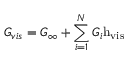
G _ { v i s } = G _ { \infty } + \sum _ { i = 1 } ^ { N } G _ { i } \mathrm { { h _ { v i s } } }